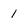
Character: 1